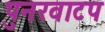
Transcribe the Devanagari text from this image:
पुनरवाटप